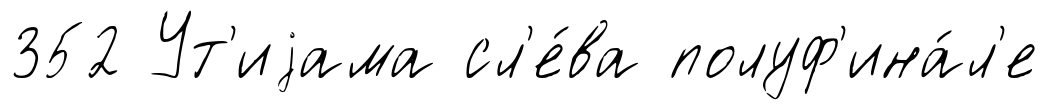
352 Ут'иjама сл'е́ва полуф'ина́л'е